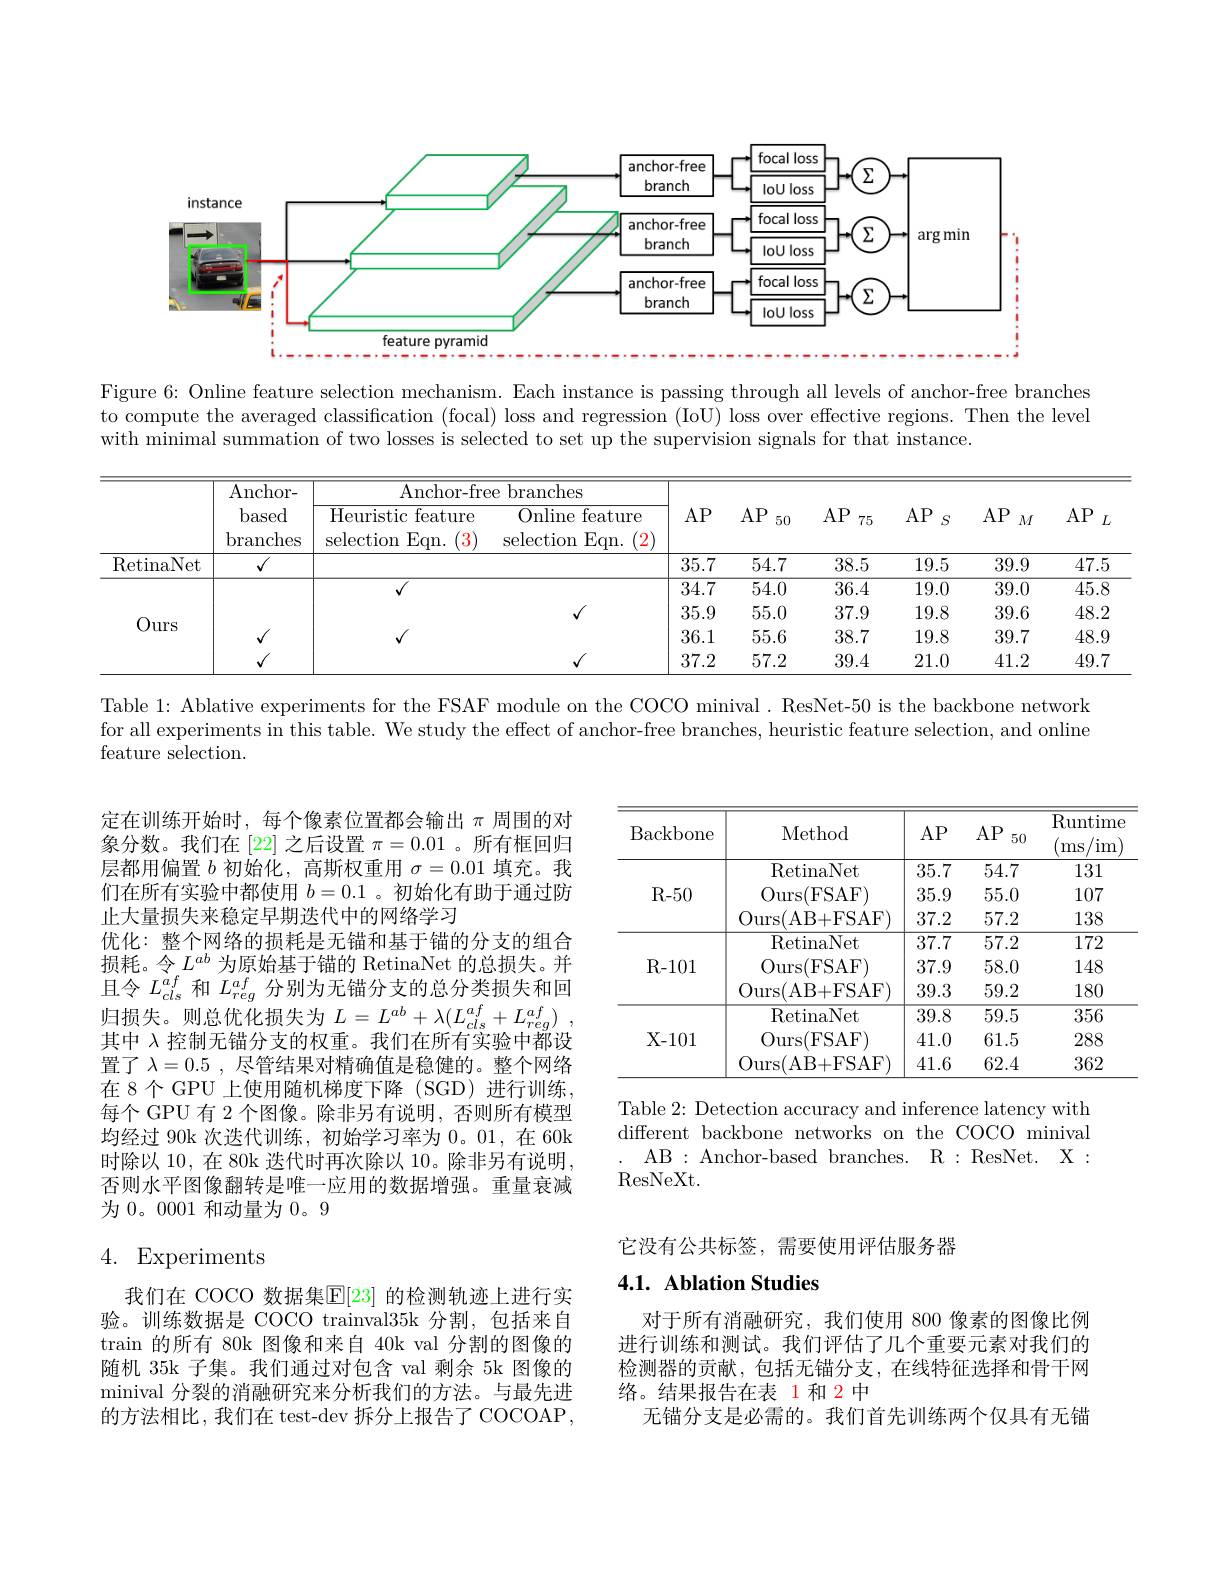
<FigureHere>

Figure 6: Online feature selection mechanism. Each instance is passing through all levels of anchor-free branches to compute the averaged classification (focal) loss and regression (IoU) loss over effective regions. Then the level with minimal summation of two losses is selected to set up the supervision signals for that instance.

<table>
	<tbody>
		<tr>
			<th> </th>
			<th rowspan="2">Anchor- based branches</th>
			<th rowspan="1">Anchor- free branches</th>
			<th>branches</th>
			<th> </th>
			<th> </th>
			<th> </th>
			<th> </th>
			<th> </th>
			<th> </th>
		</tr>
		<tr>
			<th> </th>
			<th>Heuristic feature selection $Eqn.$ 3</th>
			<th>Online feature selection Eqn. 2</th>
			<th>$AP$</th>
			<th>$AP$ 50</th>
			<th>$AP$ 75</th>
			<th>$AP$ $S$</th>
			<th>$AP$ $M$</th>
			<th>$AP$</th>
		</tr>
		<tr>
			<td>RetinaNet</td>
			<td>$√$</td>
			<td> </td>
			<td> </td>
			<td>35.7</td>
			<td>54.7</td>
			<td>38.5</td>
			<td>19.5</td>
			<td>39.9</td>
			<td>47</td>
		</tr>
		<tr>
			<td rowspan="4">Ours</td>
			<td> </td>
			<td>$√$</td>
			<td> </td>
			<td>34.7</td>
			<td>54.0</td>
			<td>36.4</td>
			<td>19.0</td>
			<td>39.0</td>
			<td>45</td>
		</tr>
		<tr>
			<td> </td>
			<td> </td>
			<td>$f$</td>
			<td>35.9</td>
			<td>55.0</td>
			<td>37.9</td>
			<td>19.8</td>
			<td>39.6</td>
			<td>48</td>
		</tr>
		<tr>
			<td>$√$</td>
			<td> </td>
			<td> </td>
			<td>36.1</td>
			<td>55.6</td>
			<td>38.7</td>
			<td>19.8</td>
			<td>39.7</td>
			<td>48</td>
		</tr>
		<tr>
			<td>$\sqrt{1}$</td>
			<td> </td>
			<td> </td>
			<td>37.2</td>
			<td>57.2</td>
			<td>39.4</td>
			<td>21.0</td>
			<td>41.2</td>
			<td>49</td>
		</tr>
	</tbody>
</table>

Table 1: Ablative experiments for the FSAF module on the COCO minival. ResNet-50 is the backbone network

for all experiments in this table. We study the effect of anchor-free branches, heuristic feature selection, and online

feature selection.

<table>
	<tbody>
		<tr>
			<th>Backbone</th>
			<th>Method</th>
			<th>$AP$</th>
			<th>$AP$ 50</th>
			<th>$\operatorname{Runtime}$ im ms</th>
		</tr>
		<tr>
			<td rowspan="3">R- 50</td>
			<td>RetinaNet</td>
			<td>35.7</td>
			<td>54.7</td>
			<td>131</td>
		</tr>
		<tr>
			<td>Ours( FSAF) </td>
			<td>35.9</td>
			<td>55.0</td>
			<td>107</td>
		</tr>
		<tr>
			<td>Ours( AB+ FSAF) </td>
			<td>37.2</td>
			<td>57.2</td>
			<td>138</td>
		</tr>
		<tr>
			<td rowspan="3">R- 101</td>
			<td>RetinaNet</td>
			<td>37.7</td>
			<td>57.2</td>
			<td>172</td>
		</tr>
		<tr>
			<td>Ours( FSAF) </td>
			<td>37.9</td>
			<td>58.0</td>
			<td>148</td>
		</tr>
		<tr>
			<td>Ours( AB+ FSAF) </td>
			<td>39.3</td>
			<td>59.2</td>
			<td>180</td>
		</tr>
		<tr>
			<td rowspan="3">$X-101$</td>
			<td>RetinaNet</td>
			<td>39.8</td>
			<td>59.5</td>
			<td>356</td>
		</tr>
		<tr>
			<td>Ours( FSAF) </td>
			<td>41.0</td>
			<td>61.5</td>
			<td>288</td>
		</tr>
		<tr>
			<td>Ours( AB+ FSAF) </td>
			<td>41.6</td>
			<td>62.4</td>
			<td>362</td>
		</tr>
	</tbody>
</table>

定在训练开始时，每个像素位置都会输出$\pi$周围的对象分数。我们在[22]之后设置$\pi=0.01$ 。所有框回归层都用偏置$b$初始化，高斯权重用$\sigma=0.01$填充。我们在所有实验中都使用$b=0.1$ 。初始化有助于通过防止大量损失来稳定早期迭代中的网络学习
优化：整个网络的损耗是无锚和基于锚的分支的组合损耗。令$L^{ab}$为原始基于锚的 RetinaNet 的总损失。并且令$L_{cls}^{af}$和$L_{reg}^{af}$分别为无锚分支的总分类损失和回归损失。则总优化损失为$L= L^{ab}+ \lambda ( L_{cls}^{af}+ L_{reg}^{af})$ , 其中 λ 控制无锚分支的权重。我们在所有实验中都设置了$\lambda=0.5$ ,尽管结果对精确值是稳健的。整个网络在 8 个 GPU 上使用随机梯度下降 (SGD) 进行训练， 每个 GPU 有 2 个图像。除非另有说明，否则所有模型均经过 90k 次迭代训练，初始学习率为0。01,在 60k 时除以 10, 在 80k 迭代时再次除以 10。除非另有说明， 否则水平图像翻转是唯一应用的数据增强。重量衰减为 0。0001 和动量为 0。9

Table 2: Detection accuracy and inference latency with different backbone networks on the COCO minival
AB: Anchor-based branches. R: ResNet. X :
ResNeXt.

它没有公共标签，需要使用评估服务器

# 4. Experiments

## 4.1. Ablation Studies

我们在 COCO 数据集$\overline{\mathbb{E}}[23]$ 的检测轨迹上进行实验。训练数据是 COCO trainval35k 分割，包括来自$\tan$的所有 80k 图像和来自 40k val 分割的图像的随机 35k 子集。我们通过对包含 val 剩余 5k 图像的minival 分裂的消融研究来分析我们的方法。与最先进的方法相比，我们在 test-dev 拆分上报告了 COCOAP,

对于所有消融研究，我们使用 800 像素的图像比例进行训练和测试。我们评估了几个重要元素对我们的检测器的贡献，包括无锚分支，在线特征选择和骨干网络。结果报告在表 1和 2中
无锚分支是必需的。我们首先训练两个仅具有无错